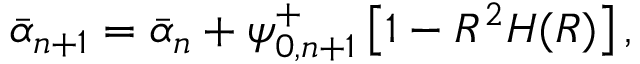
\Bar { \alpha } _ { n + 1 } = \Bar { \alpha } _ { n } + \psi _ { 0 , n + 1 } ^ { + } \left[ 1 - R ^ { 2 } H ( R ) \right] ,